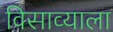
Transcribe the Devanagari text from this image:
विसाव्याला